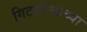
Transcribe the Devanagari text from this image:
गिटारिस्टच्या